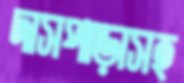
দাসপাড়াসহ